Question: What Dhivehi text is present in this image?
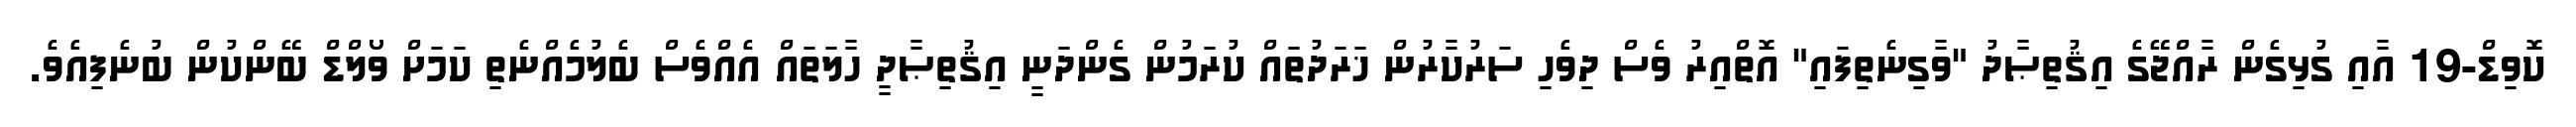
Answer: ކޮވިޑް-19 އާއި ގުޅިގެން ރާއްޖޭގެ އިޤުތިޞާދު "ވާގިނެތިފައި" އޮތްއިރު ވެސް ދިވެހި ސަރުކާރުން ޚަރަދުތައް ކުރަމުން ގެންދަނީ އިޤުތިޞާދީ ހާލަތައް އެއްވެސް ބެލުމެއްނެތި ކަމަށް ވޯލްޑް ބޭންކުން ބުނެފިއެވެ.